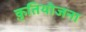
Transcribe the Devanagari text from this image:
क़ृतियोजना